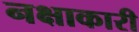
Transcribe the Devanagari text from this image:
नक्षाकारी